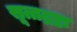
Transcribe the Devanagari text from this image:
सूत्तद्रष्टा